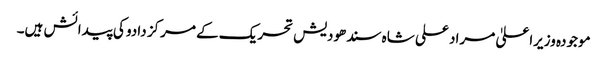
موجودہ وزیراعلیٰ مراد علی شاہ سندھودیش تحریک کے مرکز دادو کی پیدائش ہیں۔